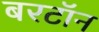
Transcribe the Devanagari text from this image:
बरटॉन